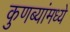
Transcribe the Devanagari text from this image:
कुणब्यांमध्ये